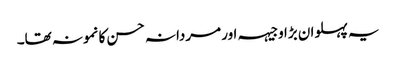
یہ پہلوان بڑا وجیہہ اور مردانہ حسن کا نمونہ تھا۔